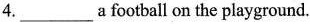
4.___ a football on the playground.